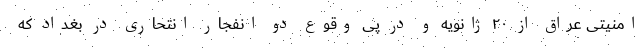
امنیتی عراق از ۲۰ ژانویه و در پی وقوع دو انفجار انتحاری در بغداد که